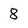
Character: 8